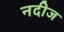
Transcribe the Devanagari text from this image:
नदीज